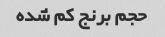
حجم برنج کم شده